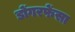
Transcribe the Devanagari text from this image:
डोंगरफेंसा